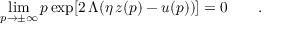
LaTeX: \operatorname * { l i m } _ { p \to \pm \infty } p \exp [ 2 \, \Lambda ( \eta \, z ( p ) - u ( p ) ) ] = 0 \qquad .